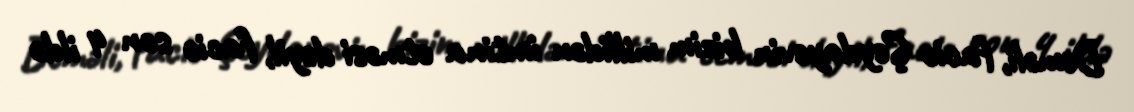
Deməli, faciə Şeydayevin bizim millidən imtina etməsi deyil, faciə son 4 ildə